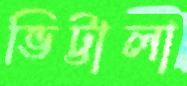
ভিট্টালা